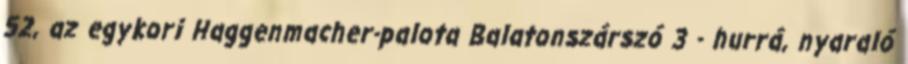
52, az egykori Haggenmacher-palota Balatonszárszó 3 - hurrá, nyaraló